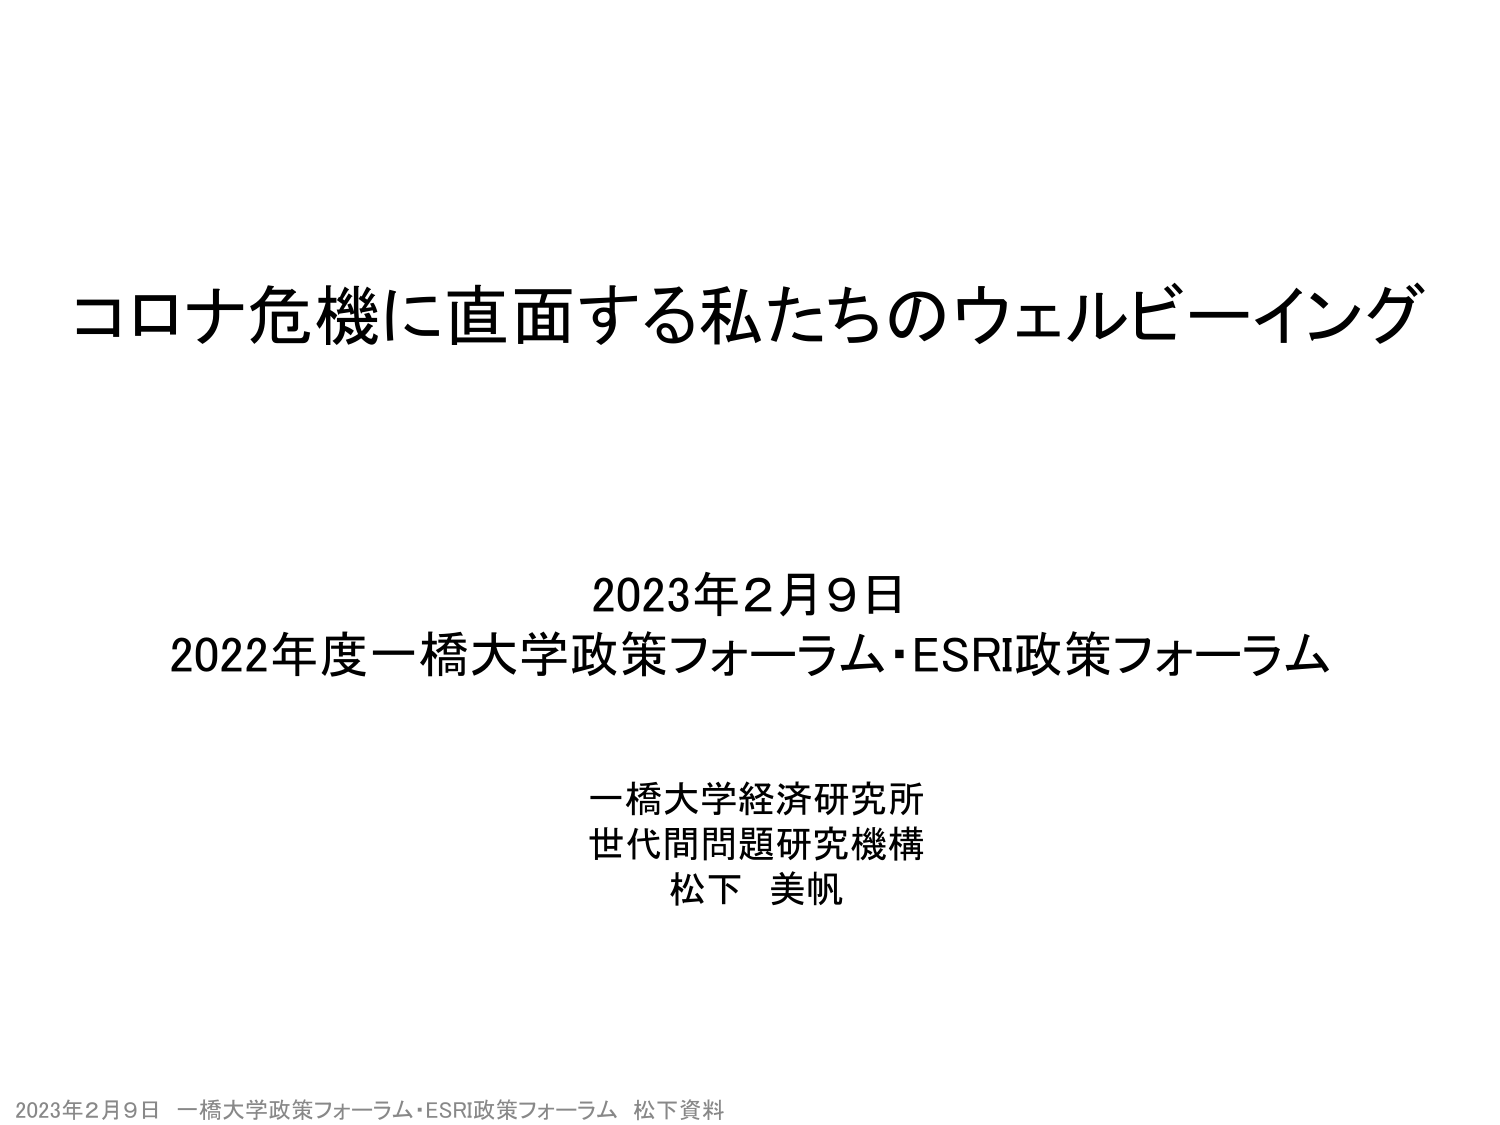
コロナ危機に直面する私たちのウェルビーイング

2023年2月9日
2022年度一橋大学政策フォーラム・ESRI政策フォーラム

一橋大学経済研究所
世代間問題研究機構
松下 美帆

2023年2月9日 一橋大学政策フォーラム・ESRI政策フォーラム 松下資料